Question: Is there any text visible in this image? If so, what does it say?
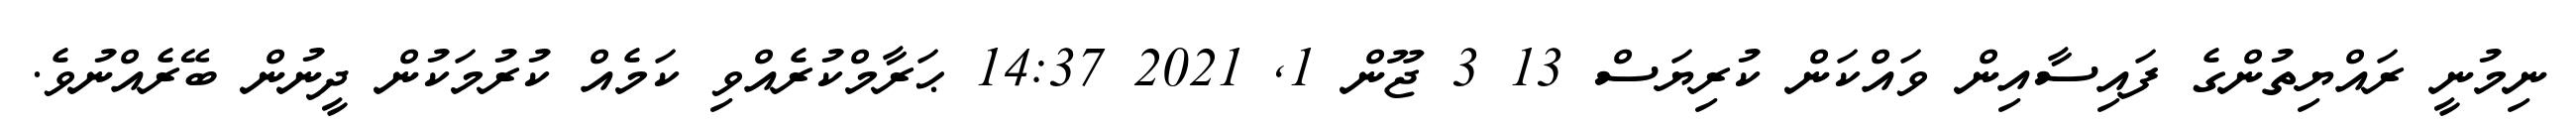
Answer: ނިމުނީ ރައްޔިތުންގެ ފައިސާއިން ވައްކަން ކުރިޔަސް 13 3 ޖޫން 1, 2021 14:37 ޙަރާމްކުރެއްވި ކަމެއް ކުރުމަކުން ދީނުން ބޭރެއްނުވެ.